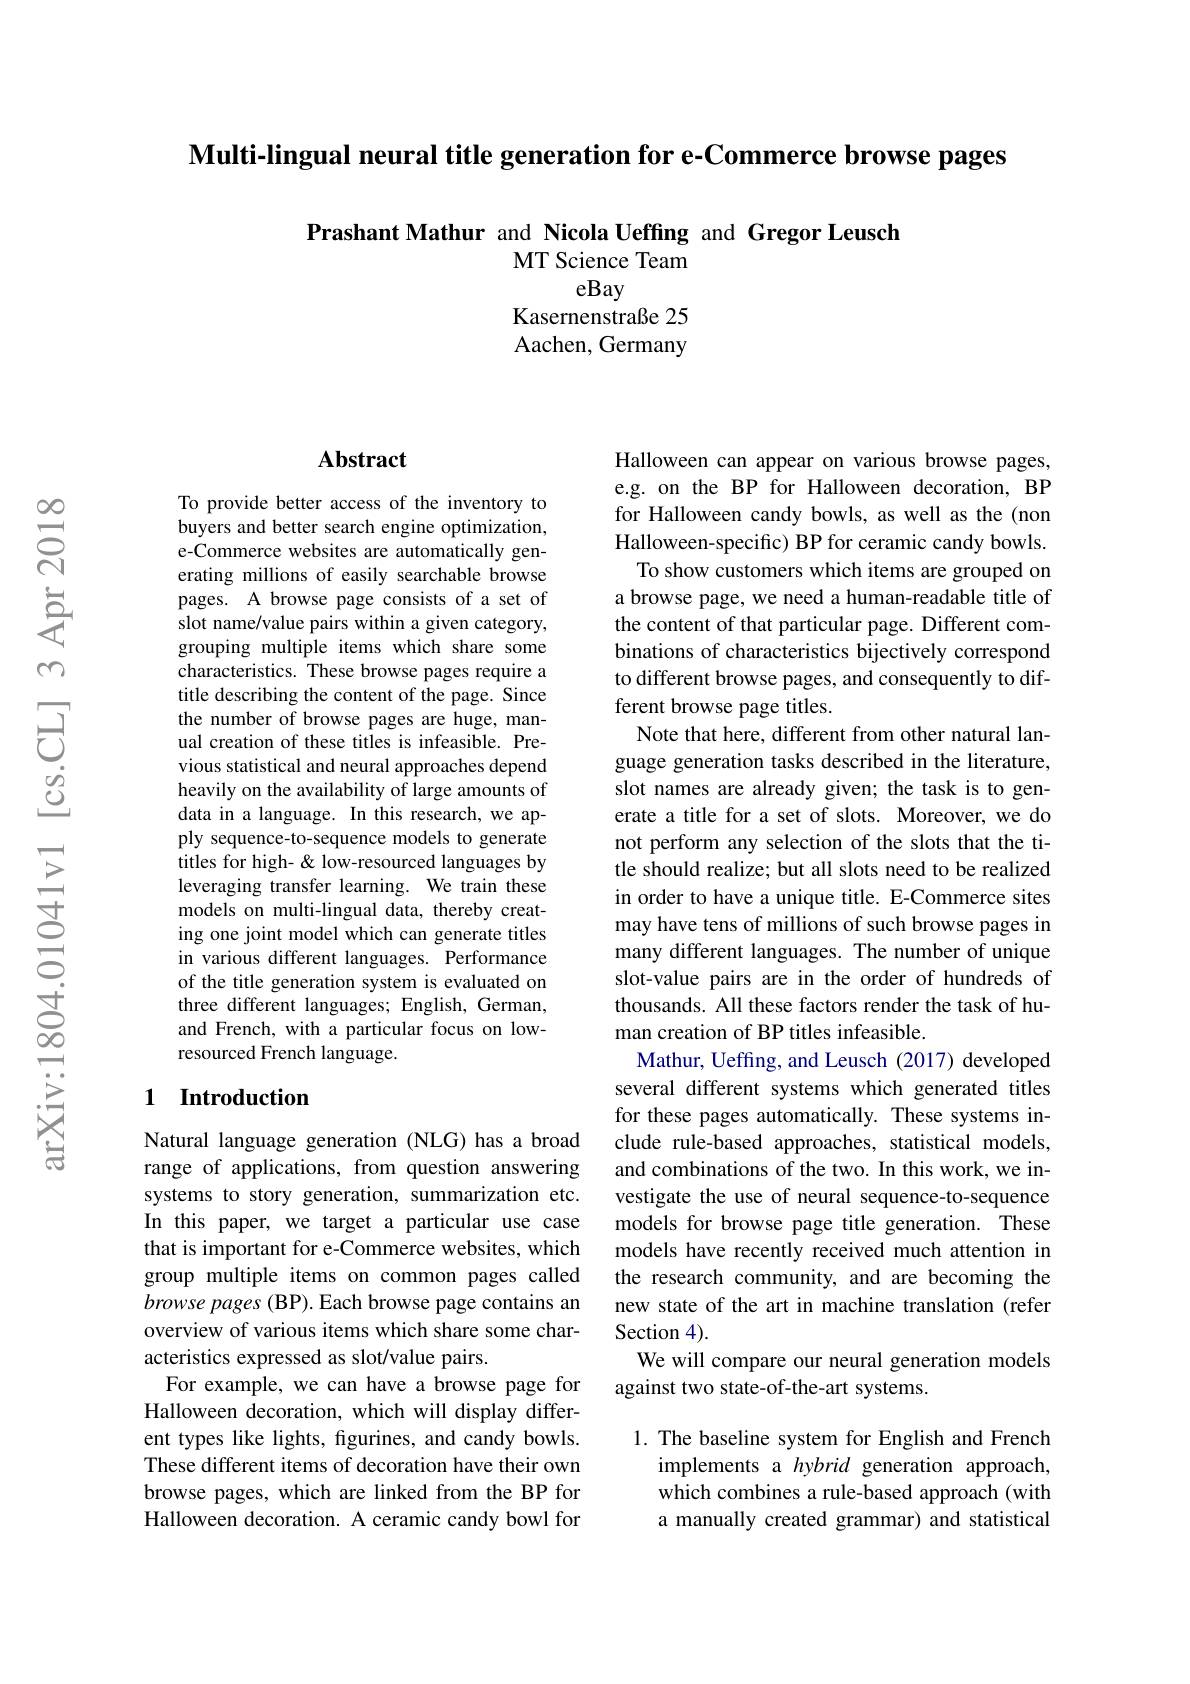
Multi-lingual neural title generation for e-Commerce browse pages

### Prashant Mathur and Nicola Ueffing and Gregor Leusch MT Science Team eBay

Kasernenstraße 25 Aachen, Germany

## Abstract

To provide better access of the inventory to buyers and better search engine optimization, e-Commerce websites are automatically generating millions of easily searchable browse pages. A browse page consists of a set of slot name/value pairs within a given category, grouping multiple items which share some characteristics. These browse pages require a title describing the content of the page. Since the number of browse pages are huge, manual creation of these titles is infeasible. Previous statistical and neural approaches depend heavily on the availability of large amounts of data in a language. In this research, we apply sequence-to-sequence models to generate titles for high-& low-resourced languages by leveraging transfer learning. We train these models on multi-lingual data, thereby creating one joint model which can generate titles in various different languages. Performance of the title generation system is evaluated on three different languages; English, German, and French, with a particular focus on lowresourced French language.

## 1 Introduction

Natural language generation (NLG) has a broad range of applications, from question answering systems to story generation, summarization etc. In this paper, we target a particular use case that is important for e-Commerce websites, which group multiple items on common pages called browse pages (BP). Each browse page contains an overview of various items which share some characteristics expressed as slot/value pairs.
For example, we can have a browse page for Halloween decoration, which will display different types like lights, figurines, and candy bowls. These different items of decoration have their own browse pages, which are linked from the BP for Halloween decoration. A ceramic candy bowl for

Halloween can appear on various browse pages, e.g. on the BP for Halloween decoration, BP for Halloween candy bowls, as well as the (non Halloween-specific) BP for ceramic candy bowls. To show customers which items are grouped on a browse page, we need a human-readable title of the content of that particular page. Different combinations of characteristics bijectively correspond to different browse pages, and consequently to different browse page titles.
Note that here, different from other natural language generation tasks described in the literature, slot names are already given; the task is to generate a title for a set of slots. Moreover, we do not perform any selection of the slots that the title should realize; but all slots need to be realized in order to have a unique title. E-Commerce sites may have tens of millions of such browse pages in many different languages. The number of unique slot-value pairs are in the order of hundreds of thousands. All these factors render the task of human creation of BP titles infeasible.
Mathur, Ueffing, and Leusch (2017) developed several different systems which generated titles for these pages automatically. These systems include rule-based approaches, statistical models, and combinations of the two. In this work, we investigate the use of neural sequence-to-sequence models for browse page title generation. These models have recently received much attention in the research community, and are becoming the new state of the art in machine translation (refer Section 4).
We will compare our neural generation models
against two state-of-the-art systems.
1. The baseline system for English and French

implements a hybrid generation approach, which combines a rule-based approach (with a manually created grammar) and statistical